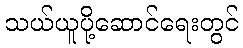
သယ်ယူပို့ဆောင်ရေးတွင်